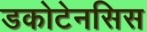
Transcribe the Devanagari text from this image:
डकोटेनसिस